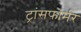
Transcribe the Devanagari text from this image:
ट्रांसफोर्मर